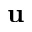
{ \bf u }